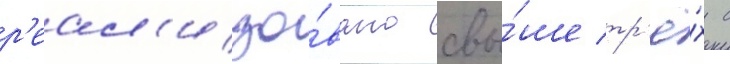
р'еал'изо́вано свы́ше тр'ё́х с